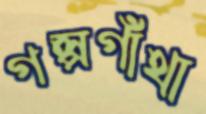
গল্পগাঁথা